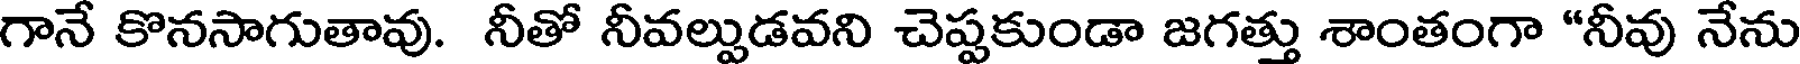
గానే కొనసాగుతావు. నీతో నీవల్పుడవని చెప్పకుండా జగత్తు శాంతంగా "నీవు నేను